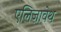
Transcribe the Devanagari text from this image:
एलिज़ावेथ